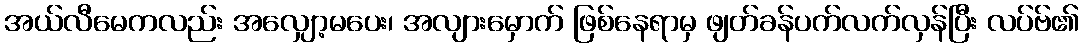
အယ်လီမေကလည်း အလျှော့မပေး၊ အလျားမှောက် ဖြစ်နေရာမှ ဖျတ်ခန်ပက်လက်လှန်ပြီး လပ်ဗ်၏